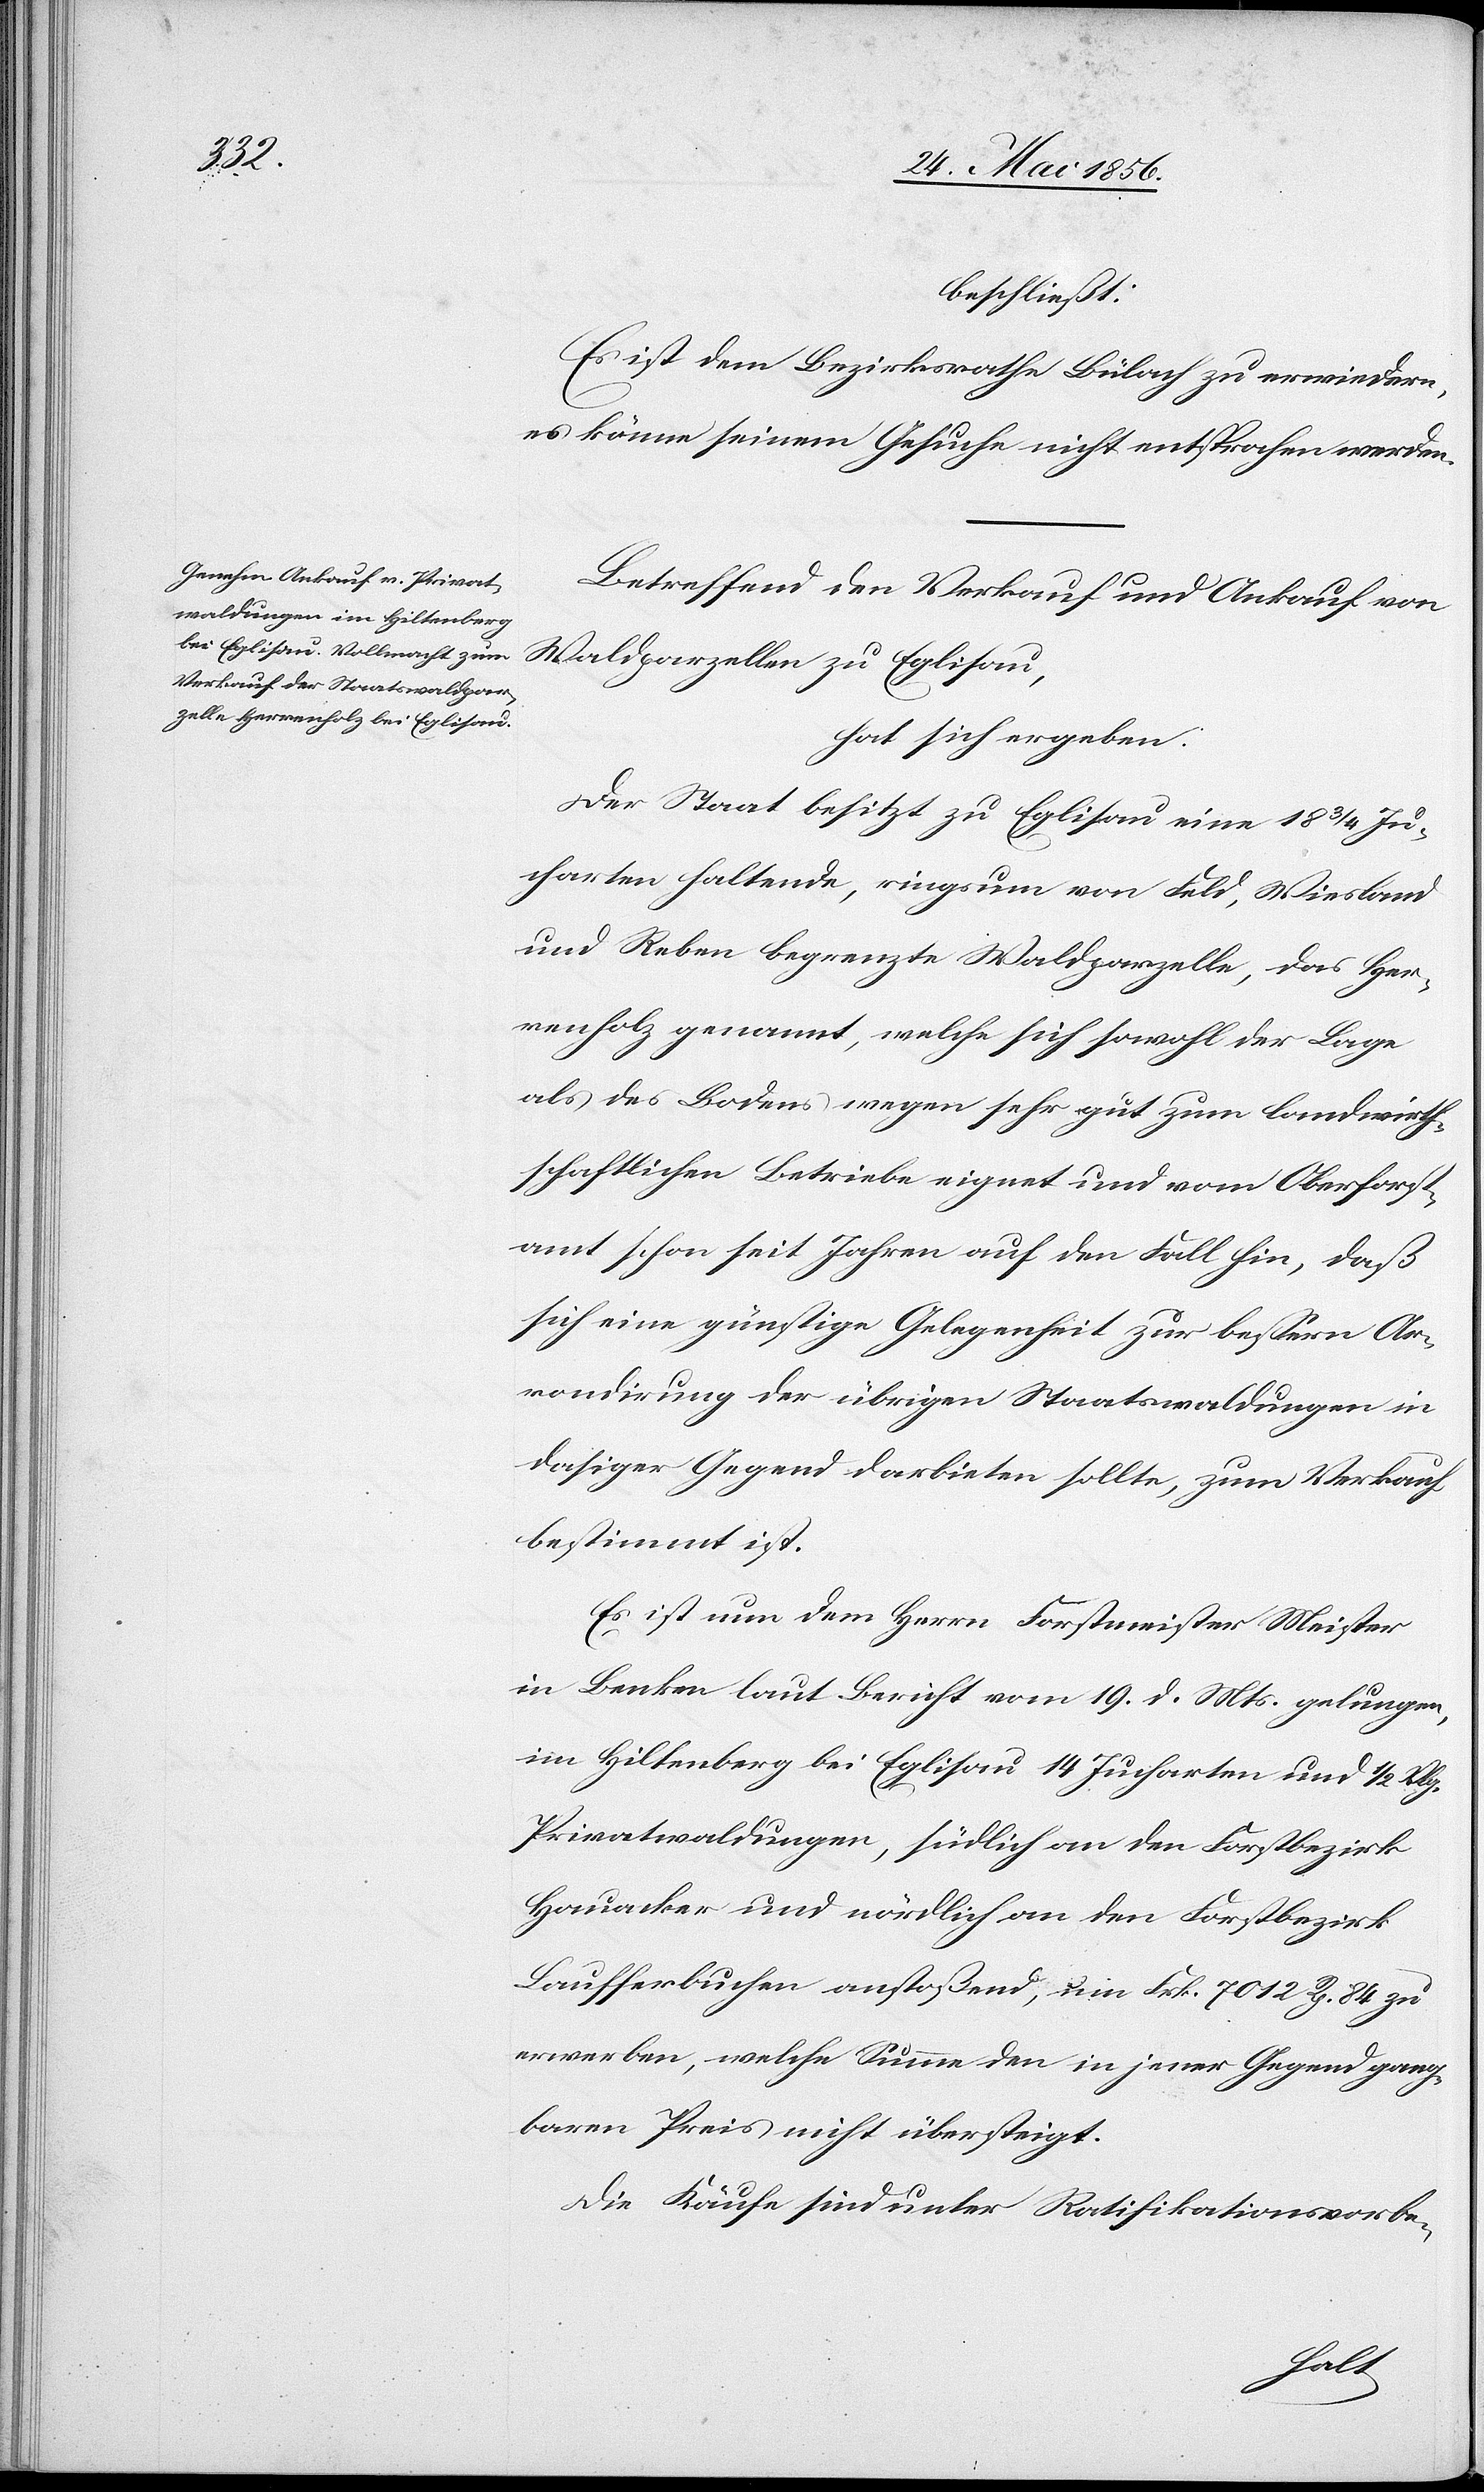
beschließt:
Es ist dem Bezirksrathe Bülach zu erwiedern,
es könne seinem Gesuche nicht entsprochen werden.
Betreffend den Verkauf und Ankauf von
Waldparzellen zu Eglisau,
hat sich ergeben:
Der Staat besitzt zu Eglisau eine 18 ¾ Ju¬
charten haltende, ringsum von Feld, Wiesland
und Reben begrenzte Waldparzelle, das Her¬
renholz genannt, welche sich sowohl der Lage
als des Bodens wegen sehr gut zum landwirth¬
schaftlichen Betriebe eignet und vom Oberforst¬
amt schon seit Jahren auf den Fall hin, daß
sich eine günstige Gelegenheit zur bessern Ar¬
rondirung der übrigen Staatswaldungen in
dasiger Gegend darbieten sollte, zum Verkauf
bestimmt ist.
Es ist nun dem Herrn Forstmeister Meister
in Benken laut Bericht vom 19. d. Mts. gelungen,
im Hiltenberg bei Eglisau 14 Jucharten und ½ Vlg.
Privatwaldungen, südlich an den Forstbezirk
Hauacker und nördlich an den Forstbezirk
Laufferbuchen anstoßend, um Frk. 7012 Rp. 84 zu
erwerben, welche Summe den in jener Gegend gang¬
baren Preis nicht übersteigt.
Die Käufe sind unter Ratifikationsvorbe-